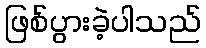
ဖြစ်ပွားခဲ့ပါသည်